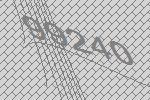
99240